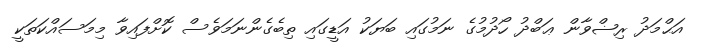
އަޙްމަދު ރިޟްވާން ޢަބްދު ހޯދުމުގެ ނަމުގައި ބަޔަކު އަޑީގައި ތިބެގެންނަމަވެސް ކޮށްފައިވާ މިމަސައްކަތަކީ